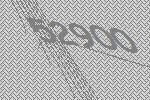
52900